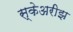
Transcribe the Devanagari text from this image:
स्केअरीझ